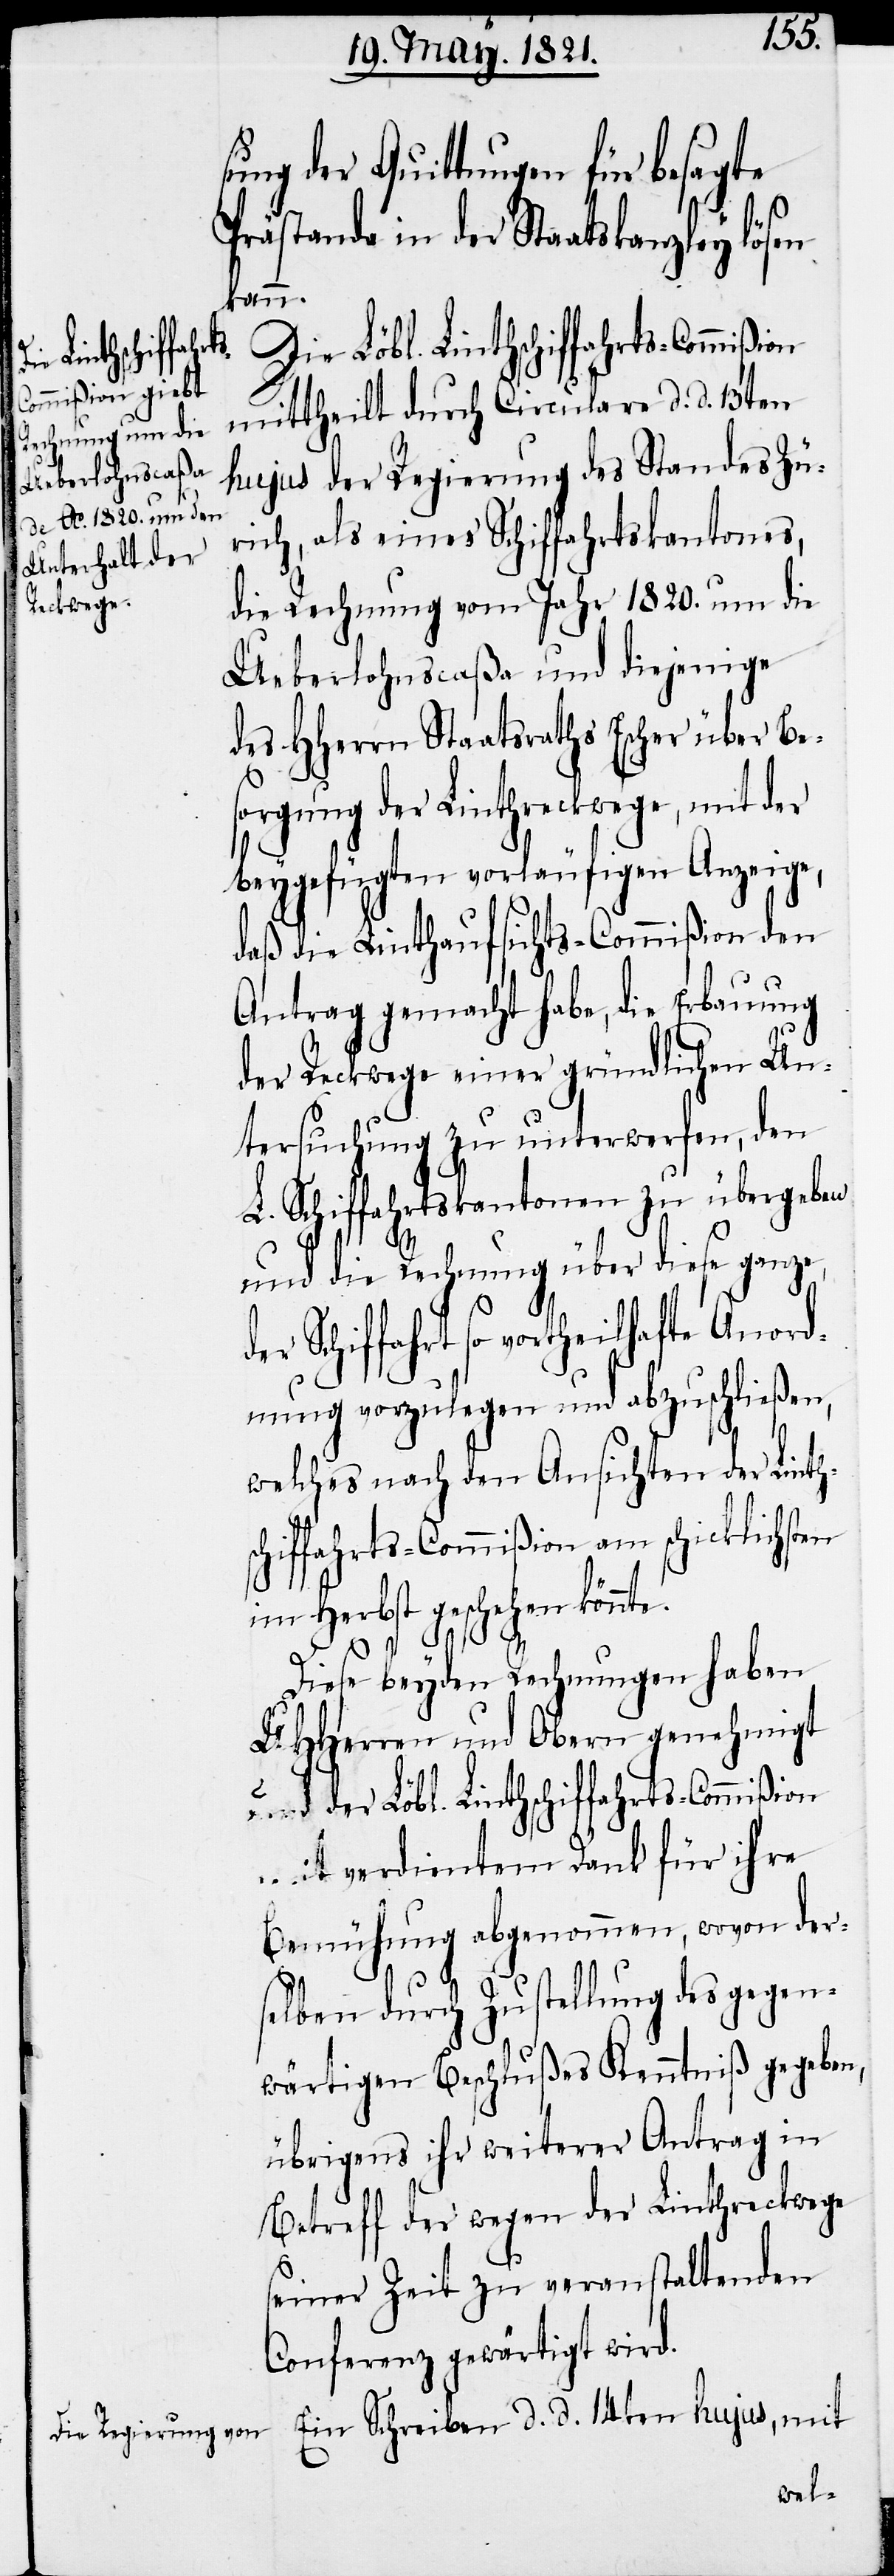
sung der Quittungen für besagte
Prästanda in der Staatskanzley lösen
kann.
mittheilt durch Circulare d. d. 13ten
hujus der Regierung des Standes Zü¬
rich, als eines Schiffahrtskantons,
die Rechnung vom Jahr 1820. um die
Ueberlohncaßa und diejenige
des HHerrn Staatsraths Escher über Bes¬
orgung der Linthreckwege, mit der
beygefügten vorläufigen Anzeige,
daß die Linthaufsichts-Commißion den
Antrag gemacht habe, die Erbauung
der Reckwege einer gründlichen Un¬
tersuchung zu unterwerfen, den
L. Schiffahrtskantonen zu übergeben
und die Rechnung über diese ganze,
Schiffahrt so vortheilhafte Anord¬
nung vorzulegen und abzuschließen,
welches nach den Ansichten der Linth¬
schiffahrts-Commißion am schicklichsten
im Herbst geschehen
Diese beyden Rechnungen haben
UHHerren und Obern genehmigt
und der Löbl. Linthschiffahrts-Commißion
mit verdientem Dank für ihre
Bemühung abgenommen, wovon der¬
selben durch Zustellung des gegen¬
wärtigen Beschlußes Kenntniß gegeben,
übrigens ihr weiterer Antrag in
Betreff der wegen der Linthreckwege
seiner Zeit zu veranstaltenden
Conferenz gewärtigt wird.
Ein Schreiben d. d. 14ten hujus, mit